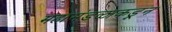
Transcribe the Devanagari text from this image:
महामंडळाकडून